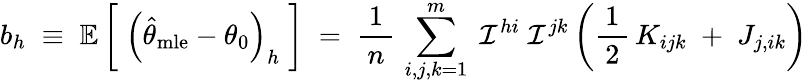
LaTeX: b_{h}\; \equiv\; \operatorname{\mathbb{E}}{\biggl[}\; \left({\widehat{\theta}}_{\mathrm{mle}}-\theta_{0}\right)_{h}\; {\biggr]}\; =\; {\frac{1}{\, n\, }}\, \sum_{i,j,k=1}^{m}\; {\mathcal{I}}^{hi}\; {\mathcal{I}}^{jk}\left({\frac{1}{\, 2\, }}\, K_{ijk}\; +\; J_{j,ik}\right)